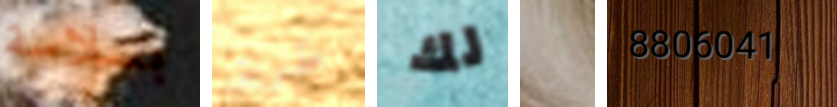
بسلاسة طريق لك أن 8806041